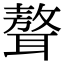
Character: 聱